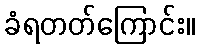
ခံရတတ်ကြောင်း။